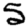
Digit: 5